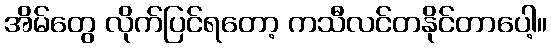
အိမ်တွေ လိုက်ပြင်ရတော့ ကသီလင်တနိုင်တာပေါ့။